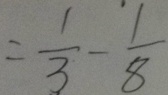
= \frac { 1 } { 3 } - \frac { 1 } { 8 }